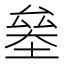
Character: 𠬁